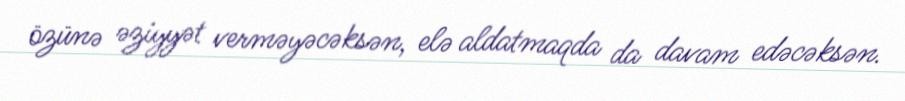
özünə əziyyət verməyəcəksən, elə aldatmaqda da davam edəcəksən.